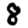
Digit: 8